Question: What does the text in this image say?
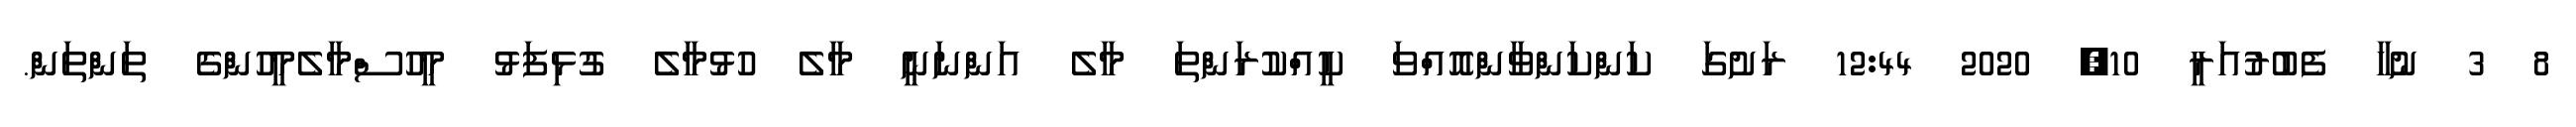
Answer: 8 3 ނުހާ ފެބުރުއަރީ 10, 2020 12:44 ރަށުގަ ކަންކަންވާންއޮއްވަ ކީއްކުރަންތަ މާލެ އަންނަނީ މާލެ ހުޅުމާލެ ގުޅިފަޅު މީހުސްމާލެމީހުންގެ ތަންތަން.